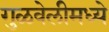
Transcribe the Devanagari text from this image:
गुळवेलीमध्ये